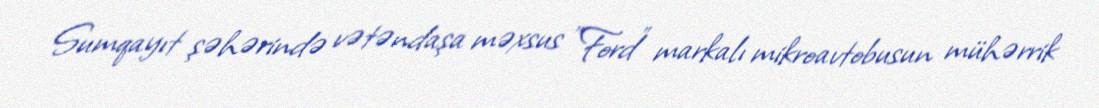
Sumqayıt şəhərində vətəndaşa məxsus "Ford" markalı mikroavtobusun mühərrik